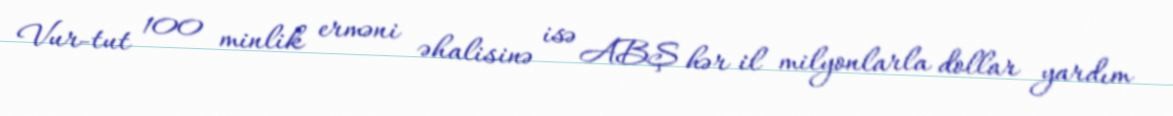
Vur-tut 100 minlik erməni əhalisinə isə ABŞ hər il milyonlarla dollar yardım